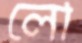
লৌ